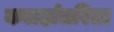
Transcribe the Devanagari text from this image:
कलहांतरिता